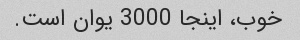
خوب، اینجا 3000 یوان است.